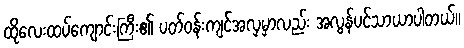
ထိုလေးထပ်ကျောင်းကြီး၏ ပတ်ဝန်းကျင်အလှမှာလည်း အလွန်ပင်သာယာပါတယ်။